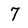
Character: 7